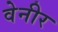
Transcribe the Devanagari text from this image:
वेनीर